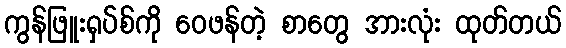
ကွန်ဖြူးရှပ်စ်ကို ဝေဖန်တဲ့ စာတွေ အားလုံး ထုတ်တယ်